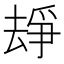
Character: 𠬉